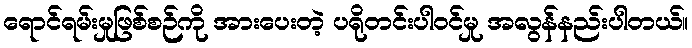
ရောင်ရမ်းမှုဖြစ်စဉ်ကို အားပေးတဲ့ ပရိုတင်းပါဝင်မှု အလွန်နည်းပါတယ်။